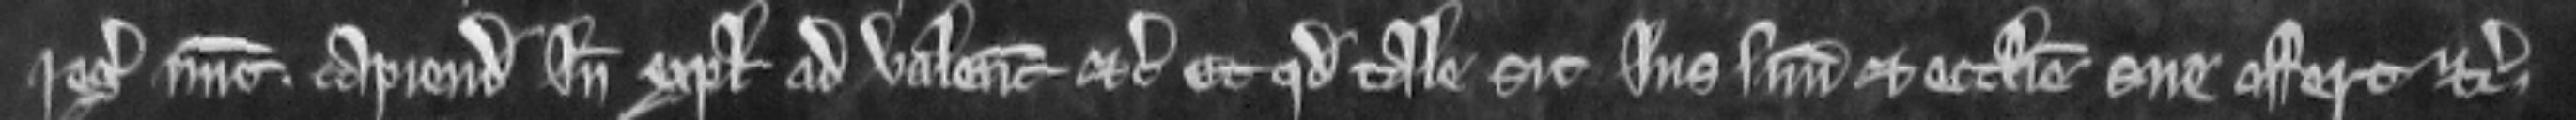
regis nunc capiendo inde explecia ad valenciam etc. Et quod tale sit jus suum et ecclesie sue offert etc.